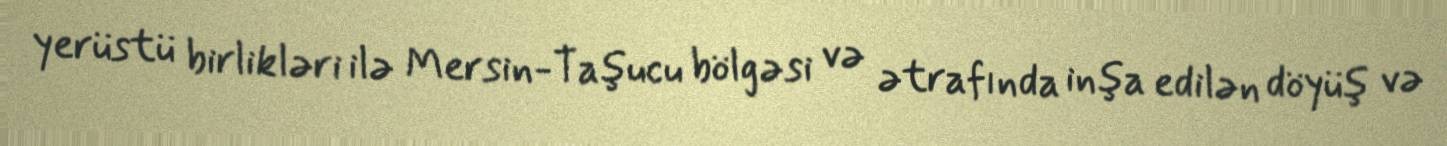
yerüstü birlikləri ilə Mersin-Taşucu bölgəsi və ətrafında inşa edilən döyüş və